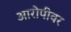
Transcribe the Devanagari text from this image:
आरोपीवर